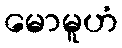
မောမူဟံ